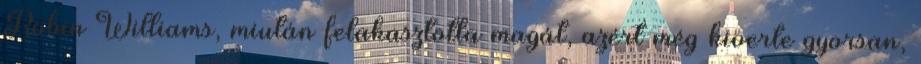
Robin Williams, miután felakasztotta magát, azért még kiverte gyorsan,